Annual report of the Central Committee of the Association together with the report of the directors of the Pasteur Institute at Kasauli
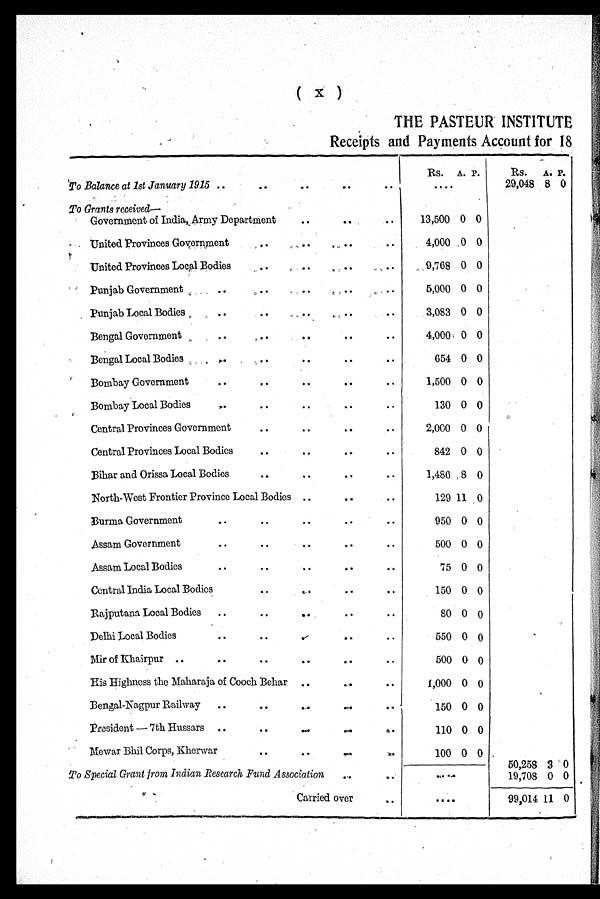
( x )
THE PASTEUR INSTITUTE
Receipts and Payments Account for 18
Rs. A. P.
Rs. A. P.
'To Balance at 1st January 1915 ..
..
..
..
..
. . . .
29,048 8 0
To Grants received—
Government of India, Army Department
.. ..
..
13,500 0 0
United Provinces Government
.. .. ..
..
4,000 0 0
United Provinces Local Bodies
.. ..
.. ..
9,768 0 0
Punjab Government
.. ..
.. .. ..
5,000 0 0
Punjab Local Bodies
..
..
.. ..
..
3,083 0 0
Bengal Government
..
..
.. ..
..
4,000 0 0
Bengal Local Bodies
.. ..
..
.. ..
654 0 0
Bombay Government
..
..
.. ..
..
1,500 0 0
Bombay Local Bodies
.. ..
..
..
..
130 0 0
Central Provinces Government
.. .. .. ..
2,000 0 0
Central Provinces Local Bodies
..
..
.. ..
842 0 0
Bihar and Orissa Local Bodies
..
.. .. ..
1,486 8 0
North-West Frontier Province Local Bodies ..
.. ..
129 11 0
Burma Government
.. .. .. .. ..
950 0 0
Assam Government
..
.. .. ..
..
500 0 0
Assam Local Bodies
..
.. .. ..
.
..
75 0 0
Central India Local Bodies
.. .. .. ..
150 0 0
Rajputana Local Bodies
..
.. .. .. ..
80 0 0
Delhi Local Bodies
.. ..
..
.. ..
550 0 0
Mir of Khairpur ..
.. .. .. .. ..
500 0 0
His Highness the Maharaja of Cooch Behar ..
.. ..
1,000 0 0
Bengal-Nagpur Railway
..
..
....
.. ..
1 5 0 0
0
President — 7th Hussars ..
.. .. .. ..
110 0 0
Mewar Bhil Corps, Kherwar
.. .. .. ..
100 0 0
To Special Grant from Indian Research Fund Association
..
..
. . . .
50,258
19,708
3
0
0
0
,.. .
Carried over
..
. . . .
99,014 11 0